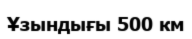
Ұзындығы 500 км